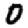
Digit: 0